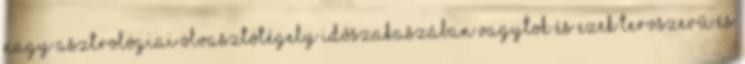
nagy asztrológiai olvasztótégely időszakaszában vagytok és ezek tervszerű és